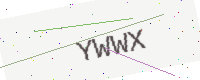
Text: YWWX